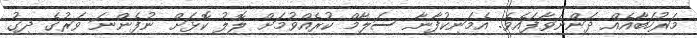
މަރުހަބާއެއް ދަންނަވާފައެވެ. އެމަނިކުފާނާ ސަލާމް ކުރެއްވުމަށް ލޮލު ކޮޅަށް ނުފެންނަ ވަރުގެ ދިގު